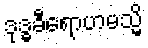
ဒုဒ္ဓခီရောဟမသ္မိ